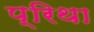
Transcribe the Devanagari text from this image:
प्रिथा